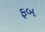
ફબ